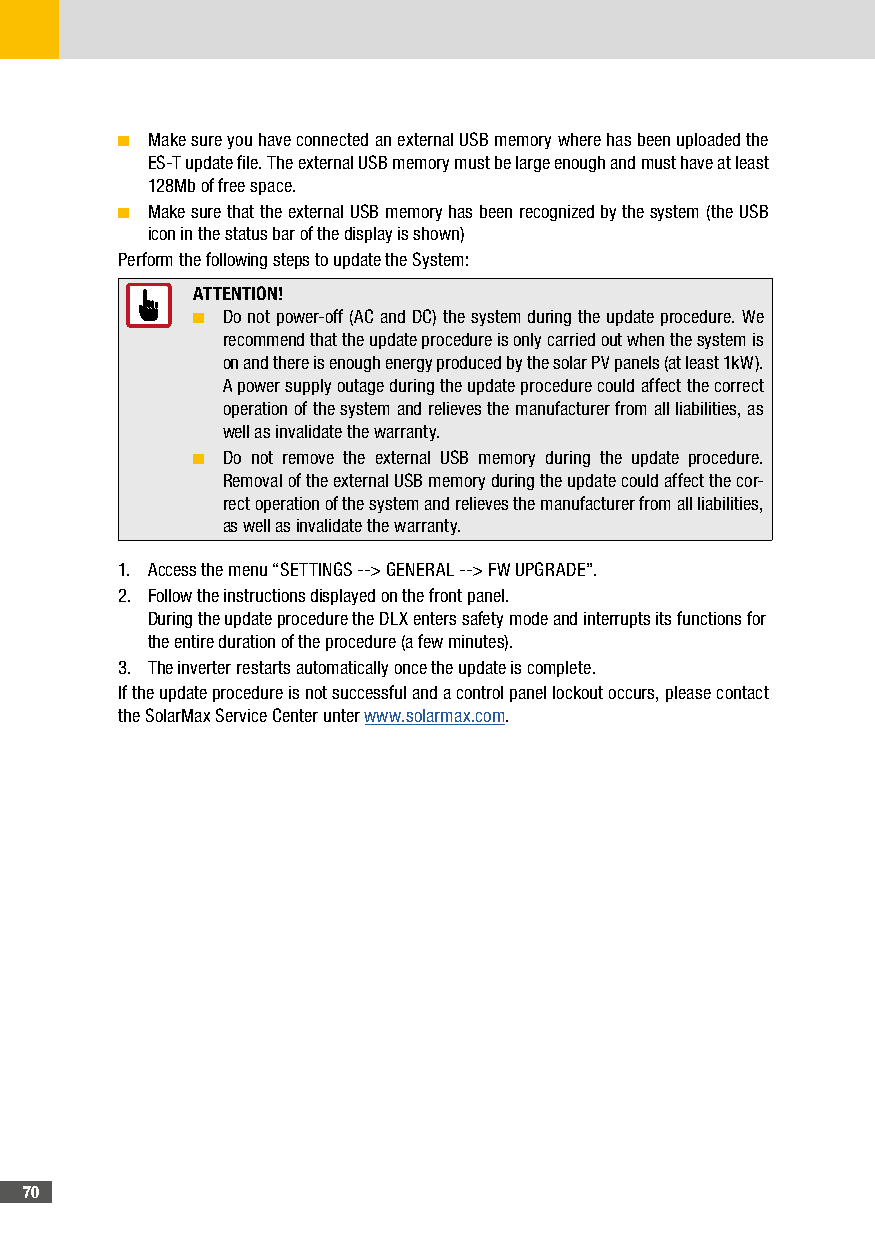
■ Make sure you have connected an external USB memory where has been uploaded the
 ES-T update file. The external USB memory must be large enough and must have at least
 128Mb of free space.
 ■ Make sure that the external USB memory has been recognized by the system (the USB
 icon in the status bar of the display is shown)
 Perform the following steps to update the System:
 ATTENTION!
 ■ Do not power-off (AC and DC) the system during the update procedure. We
 recommend that the update procedure is only carried out when the system is
 on and there is enough energy produced by the solar PV panels (at least 1kW).
 A power supply outage during the update procedure could affect the correct
 operation of the system and relieves the manufacturer from all liabilities, as
 well as invalidate the warranty.
 ■ Do not remove the external USB memory during the update procedure.
 Removal of the external USB memory during the update could affect the cor-
 rect operation of the system and relieves the manufacturer from all liabilities,
 as well as invalidate the warranty.
 1. Access the menu “SETTINGS --> GENERAL --> FW UPGRADE”.
 2. Follow the instructions displayed on the front panel.
 During the update procedure the DLX enters safety mode and interrupts its functions for
 the entire duration of the procedure (a few minutes).
 3. The inverter restarts automatically once the update is complete.
 If the update procedure is not successful and a control panel lockout occurs, please contact
 the SolarMax Service Center unter www.solarmax.com.
 70